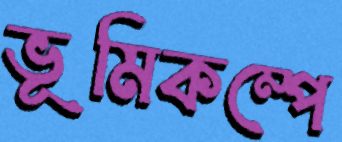
ভূমিকম্পে